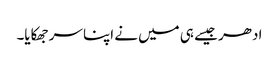
ادھر جیسے ہی میں نے اپنا سر جھکایا۔